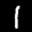
Label: 1